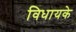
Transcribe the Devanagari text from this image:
विधायके